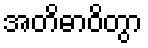
အတိဓာဝိတွာ